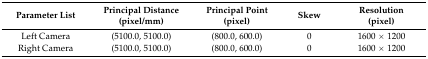
| Parameter List | Principal Distance (pixel/mm) | Principal Point (pixel) | Skew | Resolution (pixel) |
 | --- | --- | --- | --- | --- |
 | Left Camera | (5100.0, 5100.0) | (800.0, 600.0) | 0 | 1600 × 1200 |
 | Right Camera | (5100.0, 5100.0) | (800.0, 600.0) | 0 | 1600 × 1200 |